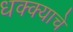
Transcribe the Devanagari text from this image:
धक्क्याचे